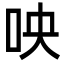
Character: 咉